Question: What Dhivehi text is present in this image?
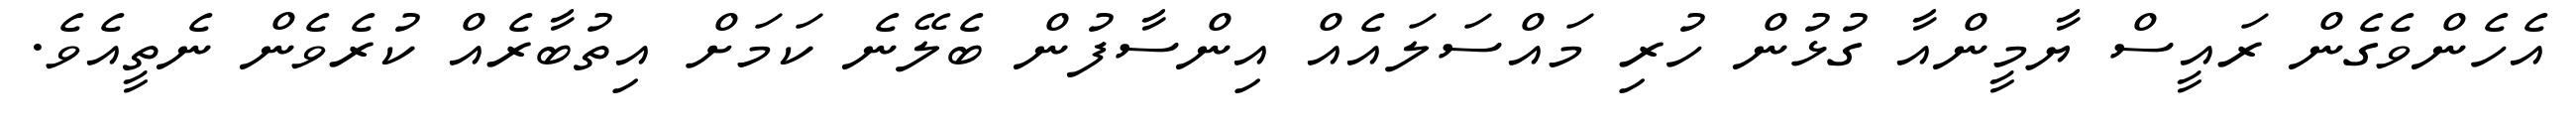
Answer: އެހެންވެގެން ރައީސް ޔާމީންއާ ގުޅުން ހުރި މައްސަލައެއް އިންސާފުން ބެލޭނެ ކަމަށް އިތުބާރެއް ކުރެވެން ނެތީއެވެ.